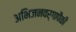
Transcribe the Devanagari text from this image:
अभिजनवर्गापैकी